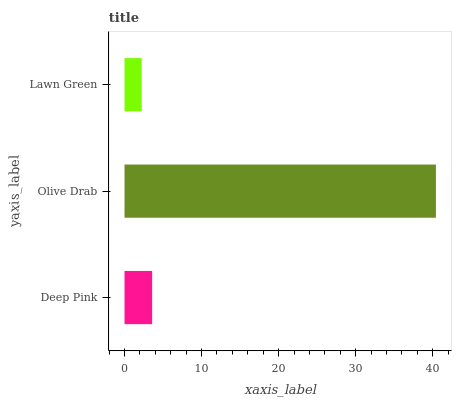
| yaxis_label | bars |
 | --- | --- |
 | Deep Pink | 3.59 |
 | Olive Drab | 40.4 |
 | Lawn Green | 2.23 |